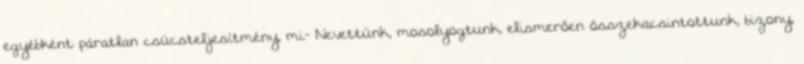
egyébként páratlan csúcsteljesítmény, mi- Nevettünk, mosolyogtunk, elismerően összekacsintottunk, bizony,